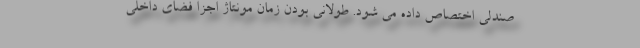
صندلی اختصاص داده می شود. طولانی بودن زمان مونتاژ اجزا فضای داخلی